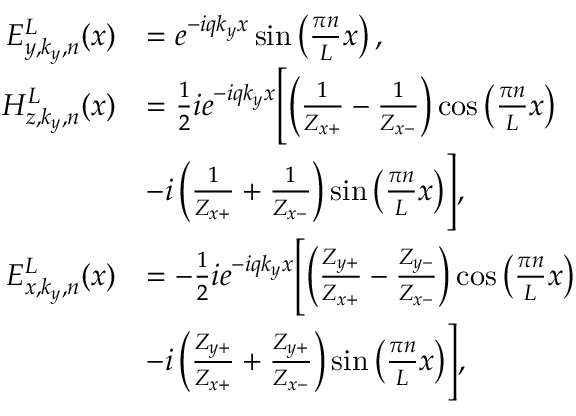
\begin{array} { r l } { E _ { y , k _ { y } , n } ^ { L } ( x ) } & { = e ^ { - i q k _ { y } x } \sin \left( \frac { \pi n } { L } x \right) , } \\ { H _ { z , k _ { y } , n } ^ { L } ( x ) } & { = \frac { 1 } { 2 } i e ^ { - i q k _ { y } x } \Biggl [ \left( \frac { 1 } { Z _ { x + } } - \frac { 1 } { Z _ { x - } } \right) \cos \left( \frac { \pi n } { L } x \right) } \\ & { - i \left( \frac { 1 } { Z _ { x + } } + \frac { 1 } { Z _ { x - } } \right) \sin \left( \frac { \pi n } { L } x \right) \Biggr ] , } \\ { E _ { x , k _ { y } , n } ^ { L } ( x ) } & { = - \frac { 1 } { 2 } i e ^ { - i q k _ { y } x } \Biggl [ \left( \frac { Z _ { y + } } { Z _ { x + } } - \frac { Z _ { y - } } { Z _ { x - } } \right) \cos \left( \frac { \pi n } { L } x \right) } \\ & { - i \left( \frac { Z _ { y + } } { Z _ { x + } } + \frac { Z _ { y + } } { Z _ { x - } } \right) \sin \left( \frac { \pi n } { L } x \right) \Biggr ] , } \end{array}